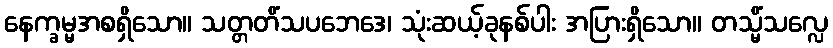
နေက္ခမ္မအစရှိသော။ သတ္တတိံသပဘေဒေ၊ သုံးဆယ့်ခုနစ်ပါး အပြားရှိသော။ တသ္မိံသလ္လေ